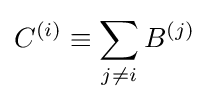
C^{(i)}\equiv \sum _{j\neq i}B^{(j)}